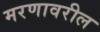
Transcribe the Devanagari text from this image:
मरणावरील